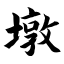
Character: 墩